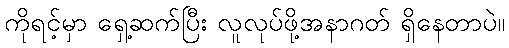
ကိုရင့်မှာ ရှေ့ဆက်ပြီး လူလုပ်ဖို့အနာဂတ် ရှိနေတာပဲ။